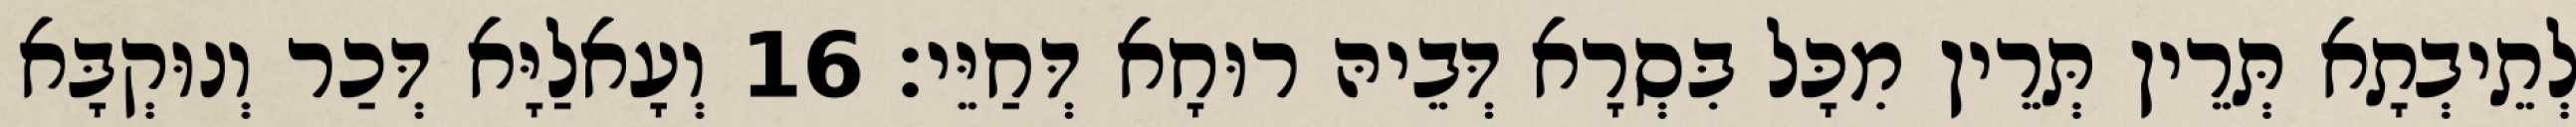
לְתֵיבְתָא תְּרֵין תְּרֵין מִכָּל בִּסְרָא דְּבֵיהּ רוּחָא דְּחַיֵּי׃ 16 וְעָאלַיָּא דְּכַר וְנוּקְבָּא